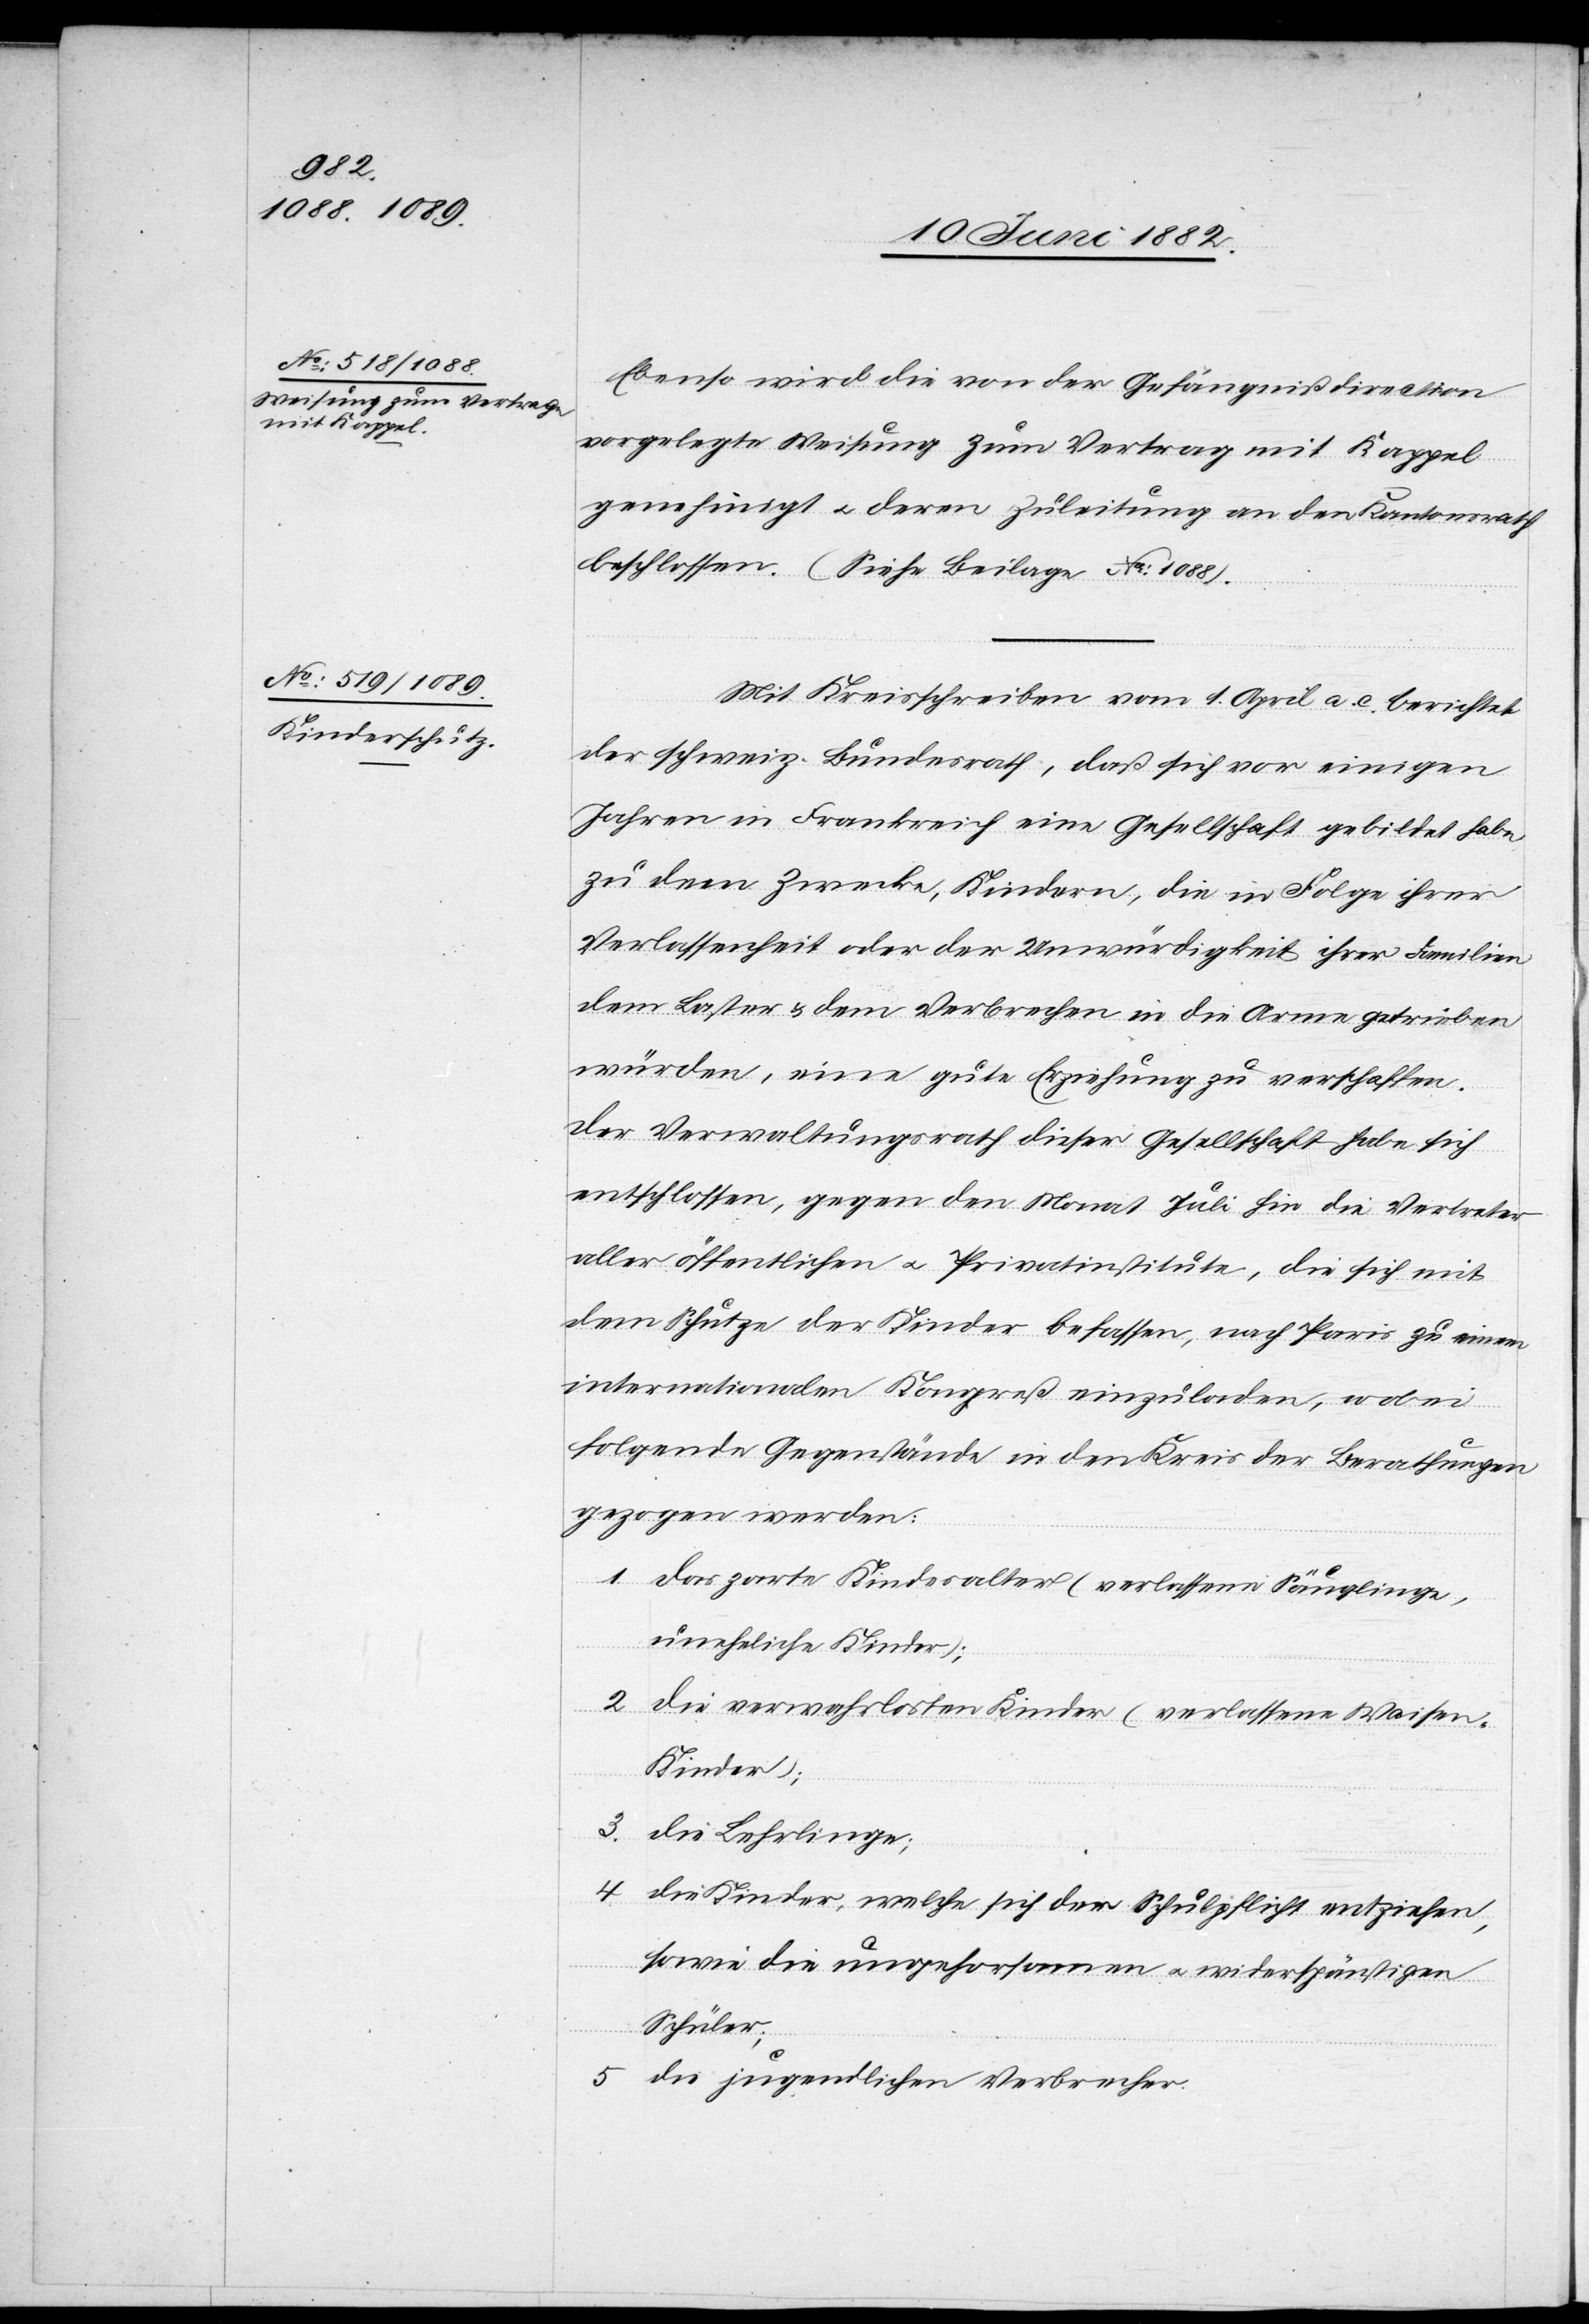
Ebenso wird die von der Gefängnißdirection
vorgelegte Weisung zum Vertrage mit Kappel
genehmigt u. deren Zuleitung an den Kantonsrath
beschlossen. (Siehe Beilage No 1088).
Mit Kreisschreiben vom 1. April a. c. berichtet
der schweiz. Bundesrath, daß sich vor einigen
Jahren in Frankreich eine Gesellschaft gebildet habe
zu dem Zwecke, Kindern, die in Folge ihrer
Verlassenheit oder der Unwürdigkeit ihrer Familien
dem Laster & dem Verbrechen in die Arme getrieben
würden, eine gute Erziehung zu verschaffen.
Der Verwaltungsrath dieser Gesellschaft habe sich
entschlossen, gegen den Monat Juli hin die Vertreter
aller öffentlichen u. Privatinstitute, die sich mit
dem Schutze der Kinder befassen, nach Paris zu einem
internationalen Kongreß einzuladen, wobei
folgende Gegenstände in den Kreis der Berathungen
gezogen werden:
1. das zarte Kindesalter (verlassene Säuglinge,
uneheliche Kinder);
2. Die verwahrlosten Kinder (verlassene Waisen-K¬
inder);
3. die Lehrlinge;
4. die Kinder, welche sich der Schulpflicht entziehen,
sowie die ungehorsamen u. widerspänstigen
Schüler;
5. die jugendlichen Verbrecher.